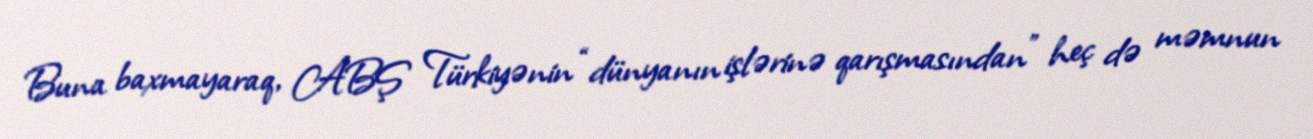
Buna baxmayaraq, ABŞ Türkiyənin “dünyanın işlərinə qarışmasından” heç də məmnun